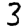
Digit: 3